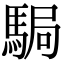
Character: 駶